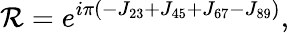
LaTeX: {\cal R}=e^{i\pi\left(-J_{23}+J_{45}+J_{67}-J_{89}\right)},